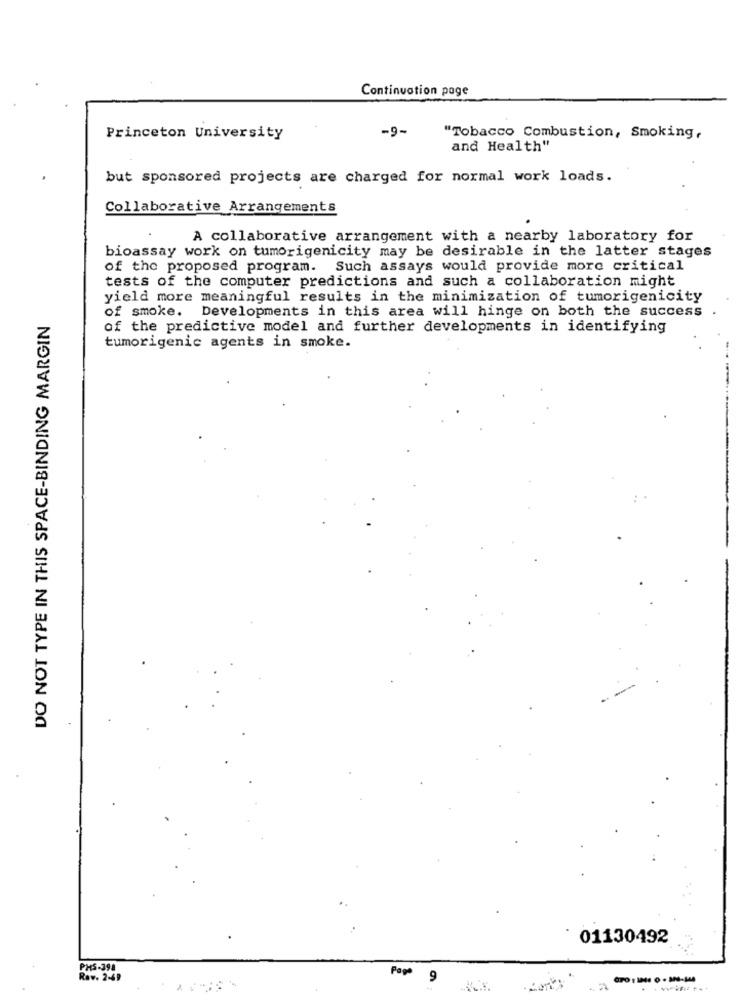
Continuation page
-9-
Princeton University
"Tobacco Combustion, Smoking,
and Health"
but sponsored projects are charged for normal work loads.
Collaborative Arrangements
A collaborative arrangement with a nearby laboratory for
bioassay work on tumorigenicity may be desirable in the latter stages
of the proposed program. Such assays would provide more critical
tests of the computer predictions and such a collaboration might
yield more meaningful results in the minimization of tumorigenicity
of smoke. Developments in this area will hinge on both the success
DO NOT TYPE IN THIS SPACE-BINDING MARGIN
of the predictive model and further developments in identifying
tumorigenic agents in smoke.
01130492
PHS-391
Rav. 2-49
9
. ........